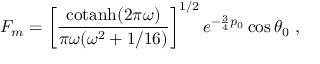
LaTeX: F _ { m } = \left[ { \frac { \mathrm { c o t a n h } ( 2 \pi \omega ) } { \pi \omega ( \omega ^ { 2 } + 1 / 1 6 ) } } \right] ^ { 1 / 2 } e ^ { - { \frac { 3 } { 4 } } p _ { 0 } } \cos \theta _ { 0 } \ ,